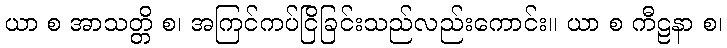
ယာ စ အာသတ္တိ စ၊ အကြင်ကပ်ငြိခြင်းသည်လည်းကောင်း။ ယာ စ ကီဠနာ စ၊